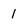
Character: 1